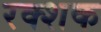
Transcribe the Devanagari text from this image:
रक्शक